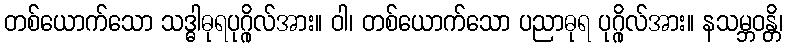
တစ်ယောက်သော သဒ္ဓါဓုရပုဂ္ဂိုလ်အား။ ဝါ၊ တစ်ယောက်သော ပညာဓုရ ပုဂ္ဂိုလ်အား။ နသမ္ဘဝန္တိ၊